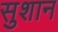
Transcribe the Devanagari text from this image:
सुशान